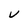
Character: U